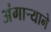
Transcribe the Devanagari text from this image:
अंगाऱ्याने